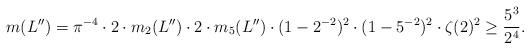
LaTeX: \begin{align*}m(L'')=\pi^{-4}\cdot 2\cdot m_2(L'')\cdot 2\cdot m_5(L'')\cdot (1-2^{-2})^2\cdot (1-5^{-2})^2\cdot \zeta(2)^2\geq \frac{5^3}{2^4}.\end{align*}